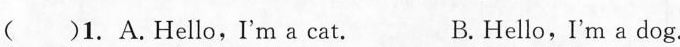
( )1. A.Hello,I'm a cat. B.Hello,I'm a dog.